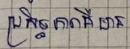
ប្រសិទ្ធភាពគឺមាន